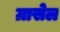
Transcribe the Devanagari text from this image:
ग्रासेल